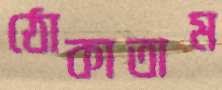
ঠোকাতাম